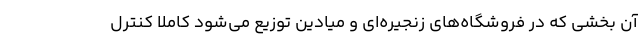
آن بخشی که در فروشگاه‌های زنجیره‌ای و میادین توزیع می‌شود کاملاً کنترل